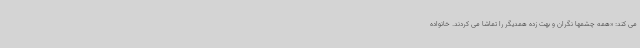
می کند: «همه چشمها نگران و بهت زده همدیگر را تماشا می کردند. خانواده